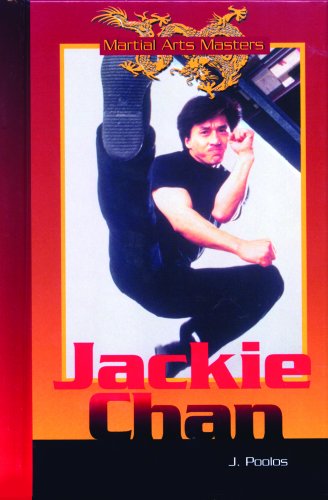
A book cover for Jackie Chan (Martial Arts Masters); J. Poolos; Teen & Young Adult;